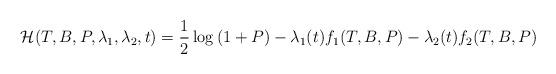
LaTeX: \begin{align*}\mathcal{H}(T,B,P,\lambda_1,\lambda_2,t) = \frac{1}{2}\log\left(1 + P\right) - \lambda_1(t)f_1(T,B,P) - \lambda_2(t)f_2(T,B,P)\end{align*}